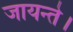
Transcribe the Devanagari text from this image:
जायन्ते।